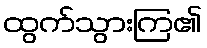
ထွက်သွားကြ၏